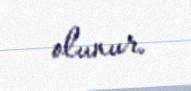
olunur.